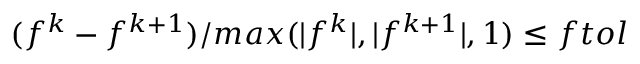
( f ^ { k } - f ^ { k + 1 } ) / m a x ( | f ^ { k } | , | f ^ { k + 1 } | , 1 ) \leq f t o l